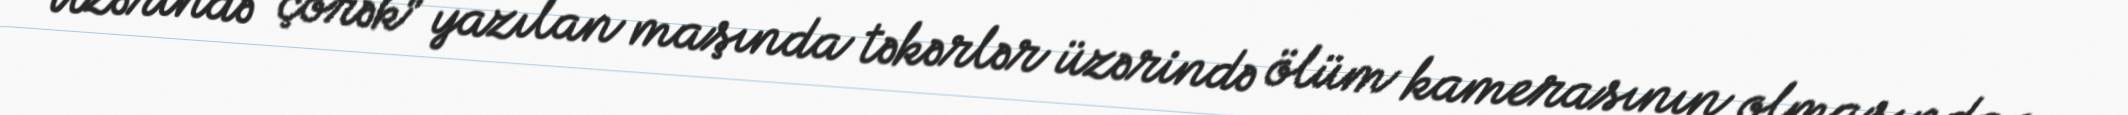
Üzərində “çörək” yazılan maşında təkərlər üzərində ölüm kamerasının olmasından